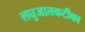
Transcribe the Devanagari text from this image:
लघुजातकटीका